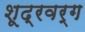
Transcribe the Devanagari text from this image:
शूद्रवर्ग